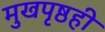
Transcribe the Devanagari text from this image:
मुखपृष्ठही